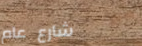
شارع عام